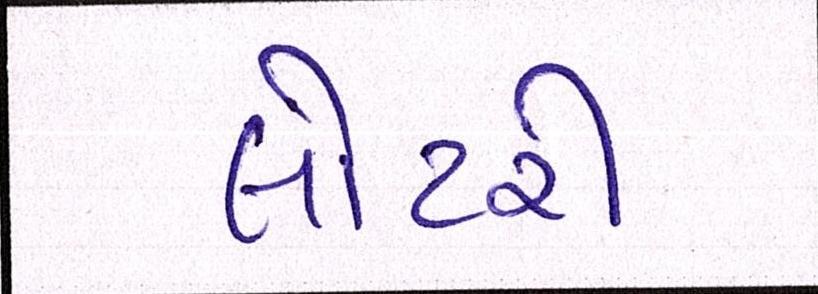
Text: લોટરી